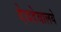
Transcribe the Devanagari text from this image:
देवदेवालये